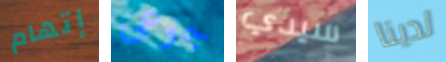
إتهام جوعى سيدي لدينا